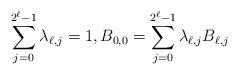
LaTeX: \begin{align*}\sum_{j=0}^{2^{\ell}-1}\lambda_{\ell,j}=1,B_{0,0}=\sum_{j=0}^{2^{\ell}-1}\lambda_{\ell,j}B_{\ell,j}\end{align*}